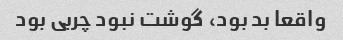
واقعا بد بود، گوشت نبود چربی بود